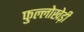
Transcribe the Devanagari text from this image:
फुल्लोखेड़ी